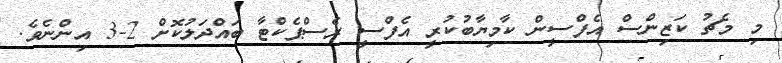
މި މެޗު ކަޒިންސް އެފްސީން ކާމިޔާބުކުރީ އެފްސީ ރެސްޕެކްޓާ ބައްދަލުކޮށް 2-3 އިންނެވެ.